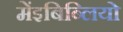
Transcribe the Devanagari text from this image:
मेंइबिब्लियो